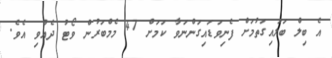
އެ ބިލް ބަލައިގަތުމަށް ފެނިވަޑައިގަންނަވާ ކަމަށް 47 މެމްބަރުން ވޯޓު ދެއްވި އެވެ.